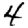
Digit: 4